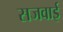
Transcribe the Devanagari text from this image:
सजवाई